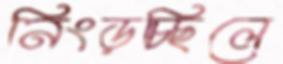
নিংড়চ্ছিলে